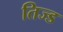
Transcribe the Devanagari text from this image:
तिज्ड